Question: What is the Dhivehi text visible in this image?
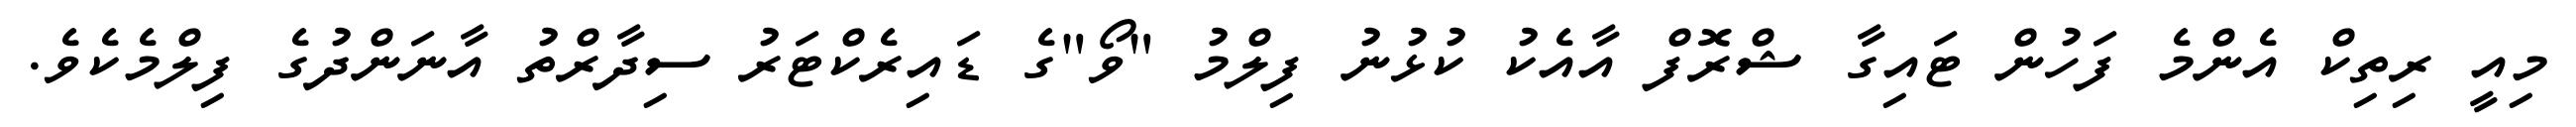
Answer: މިއީ ރިތިކް އެންމެ ފަހުން ޓައިގާ ޝްރޮފް އާއެކު ކުޅުނު ފިލްމު "ވޯ"ގެ ޑައިރެކްޓަރު ސިދާރްތު އާނަންދުގެ ފިލްމެކެވެ.